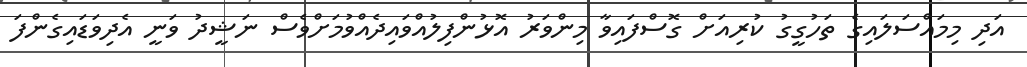
އަދި މިމައްސަލައިގެ ތަހުގީގު ކުރިއަށް ގޮސްފައިވާ މިންވަރު އޮޅުންފިލުއްވައިދެއްވުމަށްވެސް ނަޝީދު ވަނީ އެދިވަޑައިގެންފަ